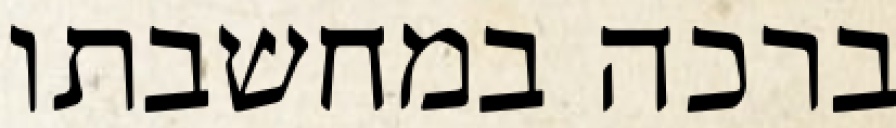
ברכה במחשבתו